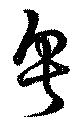
粤